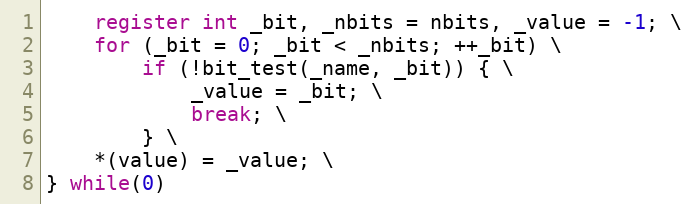
Language: C
	register int _bit, _nbits = nbits, _value = -1; \
	for (_bit = 0; _bit < _nbits; ++_bit) \
		if (!bit_test(_name, _bit)) { \
			_value = _bit; \
			break; \
		} \
	*(value) = _value; \
} while(0)